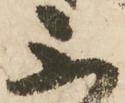
不